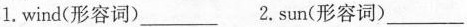
1.wind(形容词)___ 2.sun(形容词)___